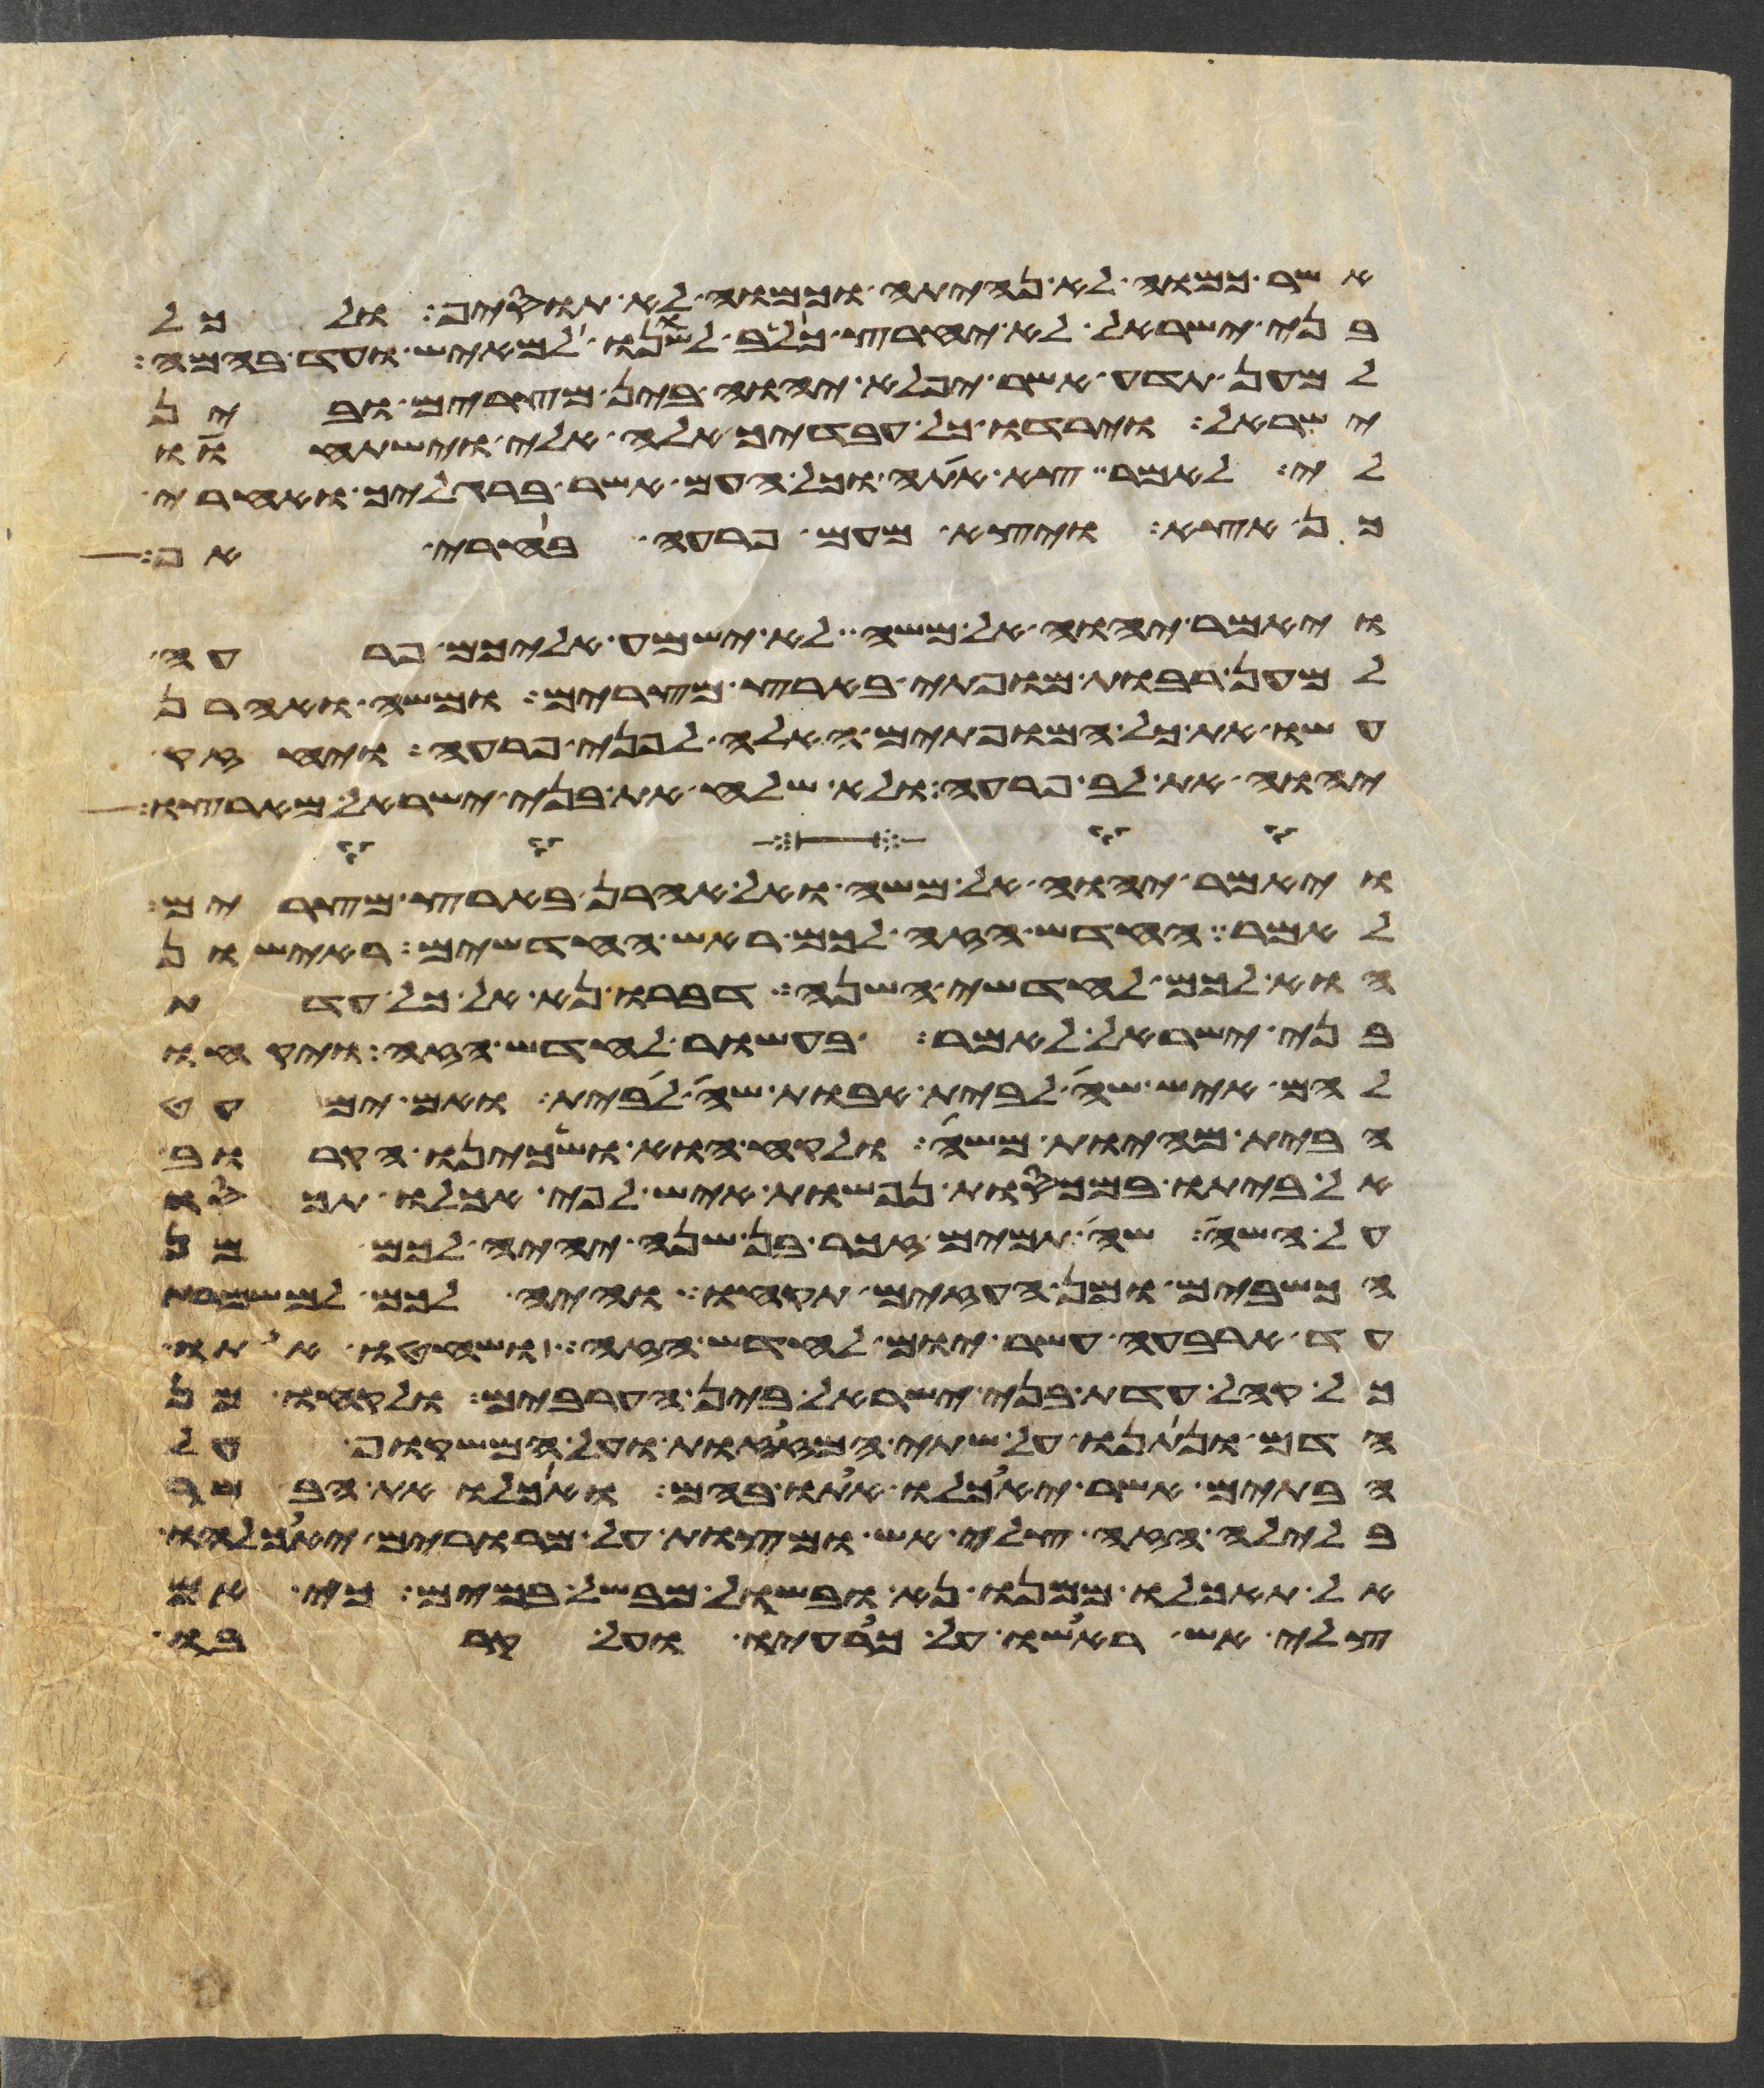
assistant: אשר כמוה לא נהיתה וכמוה לא תוסיף ולכל
בני ישראל לא יחרץ כלב לשנו למאיש ועד בהמה
למען תדע אשר יפלא יהוה בין מצרים ובין
ישראל וירדו כל עבדיך אלה אלי וישתחוו
לי לאמר צא אתה וכל העם אשר ברגליך ואחרי
כן אצא ויצא מעם פרעה בחרי אף
ויאמר יהוה אל משה לא ישמע אליכם פרעה
למען רבות מופתי בארץ מצרים ומשה ואהרן
עשו את כל המופתים האלה לפני פרעה ויחזק
יהוה את לב פרעה ולא שלח את בני ישראל מארצו
ויאמר יהוה אל משה ואל אהרן בארץ מצרים
לאמר החדש הזה לכם ראש החדשים ראישון
הוא לכם לחדשי השנה דברו נא אל כל עדת
בני ישראל לאמר בעשור לחדש הזה ויקחו
להם איש שה לבית אבות שה לבית ואם ימעט
הבית מהיות משה ולקח הוא ושכינו הקרוב
אל ביתו במכסות נפשות איש לפי אכלו תכסו
על השה שה תמים זכר בן שנה יהיה לכם מן
הכשבים ומן העזים תקחו והיה לכם למשמרת
עד ארבעה עשר יום לחדש הזה ושחטו אתו
כל קהל עדת בני ישראל בין הערבים ולקחו מן
הדם ונתנו על שתי המזזות ועל המשקוף על
הבתים אשר יאכלו אתו בהם ואכלו את הבשר
בלילה הזה צלי אש ומצות על מררים יאכלהו
אל תאכלו ממנו נא ובשל מבשל במים כי אם
צלי אש ראשו על כרעיו ועל קרבו